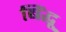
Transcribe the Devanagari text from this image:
बिंद्धू